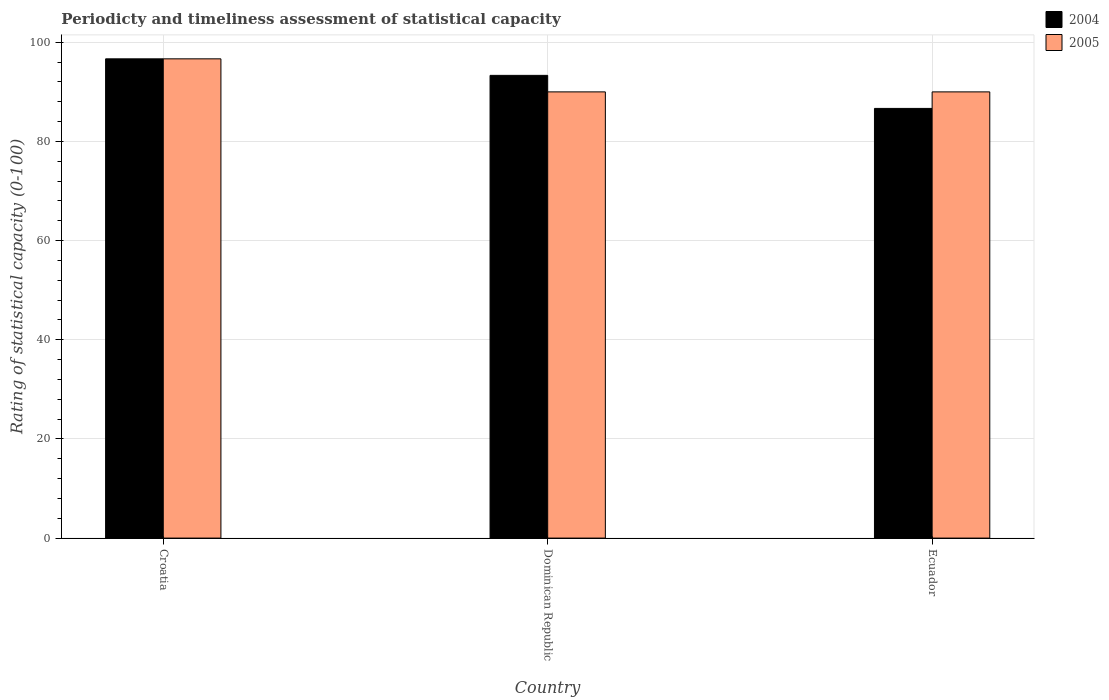
| Country | 2004 | 2005 |
 | --- | --- | --- |
 | Croatia | 96.7 | 96.7 |
 | Dominican Republic | 93.3 | 90 |
 | Ecuador | 86.7 | 90 |